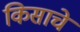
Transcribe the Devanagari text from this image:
किसाचे